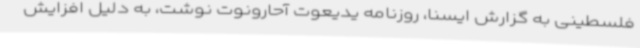
فلسطینی به گزارش ایسنا، روزنامه یدیعوت آحارونوت نوشت، به دلیل افزایش